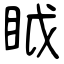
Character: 眓